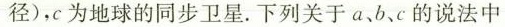
径)，c为地球的同步卫星。下列关于a、b、c的说法中